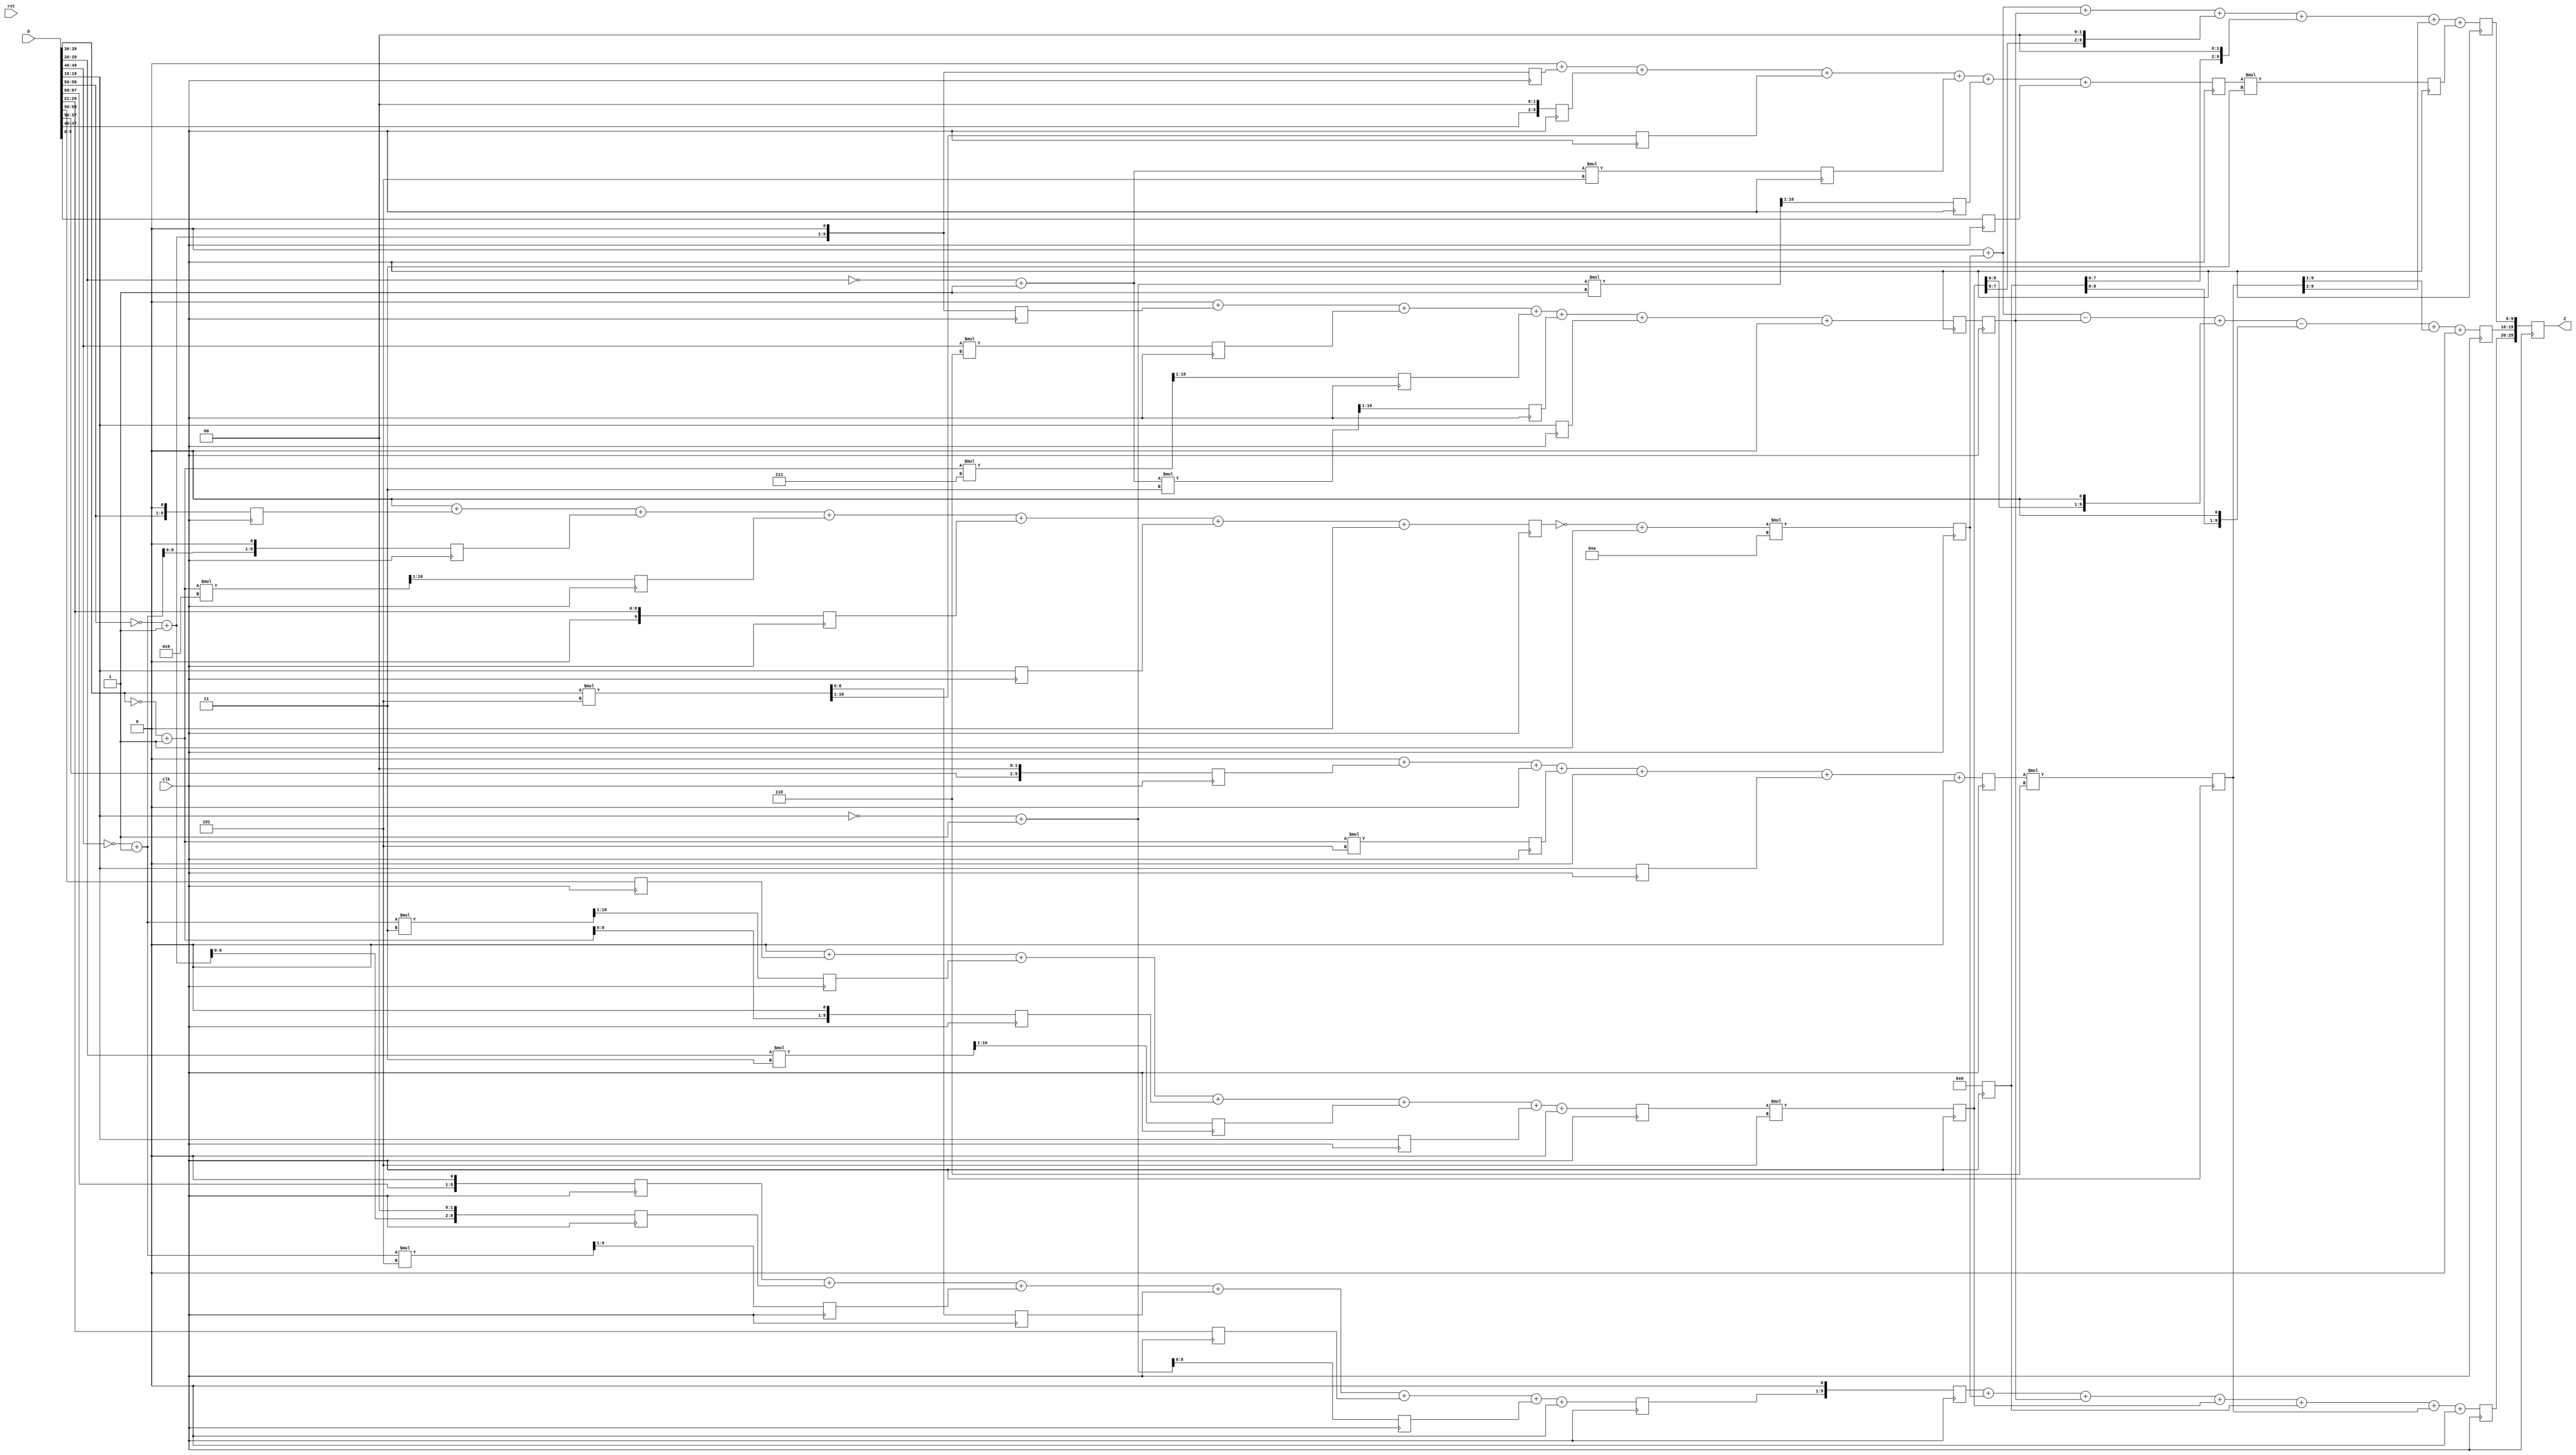
// WC_3_5.v generated by WCSyn.py
`timescale 1ns / 1ps
module wc(D, clk, rst, Z);
input  [10*7-1:0] D;
input  clk, rst;
output reg [10*3-1:0] Z;

	reg [9:0] input_t [0:6];
	reg [9:0] d [0:48];
	reg [9:0] MUL [0:6];
	reg [9:0] output_t [0:2];

	always@(posedge clk)begin

		//input_transform
		d[48] <= (D[9:0]);
		d[47] <= ((~D[19:10] + 1) * 1) >>> 1;
		d[46] <= (~D[29:20] + 1) * 5;
		d[45] <= ((D[39:30]) * 5) >>> 1;
		d[44] <= (D[49:40]) <<< 2;
		d[43] <= (~D[59:50] + 1) <<< 1;
		d[42] <= 0;
		d[41] <= 0;
		d[40] <= (D[19:10]);
		d[39] <= 0;
		d[38] <= (~D[39:30] + 1) * 5;
		d[37] <= 0;
		d[36] <= (D[59:50]) <<< 2;
		d[35] <= 0;
		d[34] <= 0;
		d[33] <= (D[19:10]);
		d[32] <= ((~D[29:20] + 1) * 5) >>> 1;
		d[31] <= 0;
		d[30] <= ((D[49:40]) * 5) >>> 1;
		d[29] <= (~D[59:50] + 1);
		d[28] <= 0;
		d[27] <= 0;
		d[26] <= (D[19:10]);
		d[25] <= ((D[29:20]) * 3) >>> 1;
		d[24] <= (~D[39:30] + 1) <<< 1;
		d[23] <= ((~D[49:40] + 1) * 3) >>> 1;
		d[22] <= (D[59:50]);
		d[21] <= 0;
		d[20] <= 0;
		d[19] <= (D[19:10]);
		d[18] <= ((~D[29:20] + 1) * 3) >>> 1;
		d[17] <= ((~D[39:30] + 1) * 7) >>> 1;
		d[16] <= (D[49:40]) * 6;
		d[15] <= (~D[59:50] + 1) <<< 1;
		d[14] <= 0;
		d[13] <= 0;
		d[12] <= (D[19:10]);
		d[11] <= (D[29:20]) >>> 1;
		d[10] <= ((~D[39:30] + 1) * 9) >>> 1;
		d[9] <= (~D[49:40] + 1) <<< 1;
		d[8] <= (D[59:50]) <<< 1;
		d[7] <= 0;
		d[6] <= 0;
		d[5] <= (~D[19:10] + 1);
		d[4] <= (D[29:20]) >>> 1;
		d[3] <= (D[39:30]) * 5;
		d[2] <= ((~D[49:40] + 1) * 5) >>> 1;
		d[1] <= (~D[59:50] + 1) <<< 2;
		d[0] <= (D[69:60]) <<< 1;

		input_t[0] <= (d[0]) +  (d[1]) +  (d[2]) +  (d[3]) +  (d[4]) +  (d[5]) + 0;
		input_t[1] <=0 +  (d[8]) +  (d[9]) +  (d[10]) +  (d[11]) +  (d[12]) + 0;
		input_t[2] <=0 +  (d[15]) +  (d[16]) +  (d[17]) +  (d[18]) +  (d[19]) + 0;
		input_t[3] <=0 +  (d[22]) +  (d[23]) +  (d[24]) +  (d[25]) +  (d[26]) + 0;
		input_t[4] <=0 +  (d[29]) +  (d[30]) + 0 +  (d[32]) +  (d[33]) + 0;
		input_t[5] <=0 +  (d[36]) + 0 +  (d[38]) + 0 +  (d[40]) + 0;
		input_t[6] <=0 +  (d[43]) +  (d[44]) +  (d[45]) +  (d[46]) +  (d[47]) +  (d[48]);

		//G*g
		MUL[0] <= (input_t[0]) <<< 1;
		MUL[1] <= (~input_t[1] + 1)*10;
		MUL[2] <= (input_t[2]);
		MUL[3] <= (input_t[3])*5;
		MUL[4] <= 0;
		MUL[5] <= (input_t[5])*6;
		MUL[6] <= (input_t[6])*3;

		output_t[0] <= (MUL[0]) + (MUL[1]) + (MUL[2]) + (MUL[3]) + (MUL[4]) + (MUL[5]) + 0;
		output_t[1] <=  0 + (MUL[1]) - (MUL[2]) + (MUL[3] <<< 1) - (MUL[4] <<< 1) + (MUL[5] >>> 1) + 0;
		output_t[2] <=  0 + (MUL[1]) + (MUL[2]) + (MUL[3] <<< 2) + (MUL[4] <<< 2) + (MUL[5] >>> 2) +  (MUL[6]);

		Z[29:20] <= output_t[0];
		Z[19:10] <= output_t[1];
		Z[9:0] <= output_t[2];

	end
endmodule